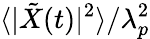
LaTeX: \langle|\tilde{X}(t)|^{2}\rangle/\lambda_{p}^{2}